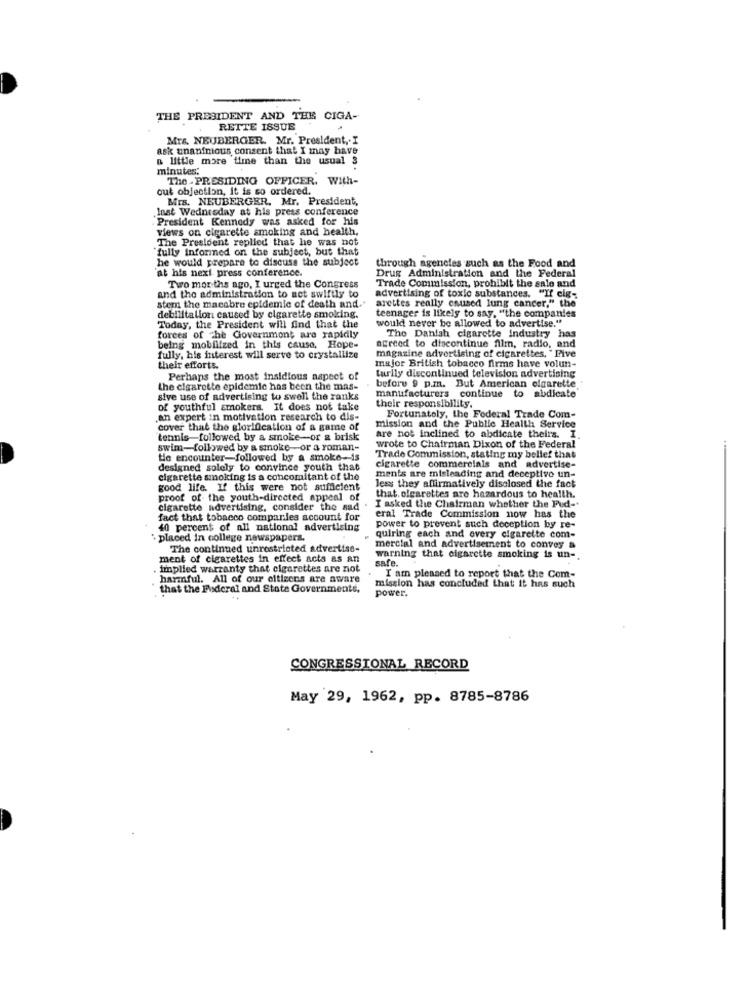
THE PRESIDENT AND THE CIGA-
RETTE ISSUE
Mrs. NEUBERGER. Mr. President, I
ask unanfnious consent that I may have
a little more time than the usual 3
minutes:
The - PRESIDING OFFICER. With-
out objection, it is so ordered.
Mrs. NEUBERGER. Mr. President,
Inst Wednesday at his press conference
President Kennedy was asked for his
views on cigarette smoking and health,
The President replied that he was not
"fully informed on the subject, but that
he would prepare to discuss the subject
through agencies such as the Food and
at his next press conference.
Drug Administration and the Federal
Two mor the ago, I urged the Congress
Trade Commission, prohibit the sale and
and the administration to act swiftly to
arettes really caused lung cancer," the
advertising of toxic substances. "If cig-
stem the macabre epidemic of death and."
debilitalion caused by cigarette smoking.
teenager is likely to say, "the companies
would never be allowed to advertise."
Today, the President will find that the
forces of the Government are rapidly
The Danish cigarette Industry has
being mobilized in this cause, Hope-
agreed to discontinue film, radio, and
fully, his interest will serve to crystallize
magazine advertising of cigarettes, "F
their efforts.
major British tobacco firms have volun-
Perhaps the most insidious napect of
tarlly discontinued television advertising
before 9 p.m. But American cigarette
the cigarette epidemic has been the mas-
sive use of advertising to swell the ranks
manufacturers continue to abdicate
of youthful smokers. It does not take
their responsibility.
Fortunatoly, the Federal Trade Com-
an expert in motivation research to dis-
cover that the glorification of a game of
mission and the Public Health Service
tennis followed by a smoke-or & brisk
are not inclined to abdicate theirs.
swim-followed by a smoke-or a roman-
wrote to Chairman Dixon of the Federal
tie encounter-followed by a smoke-is
Trade Commission, stating my belief that
designed solely to convince youth that
cigarette commercials and advertise-
cigarette smoking is a concomitant of the
ments are misleading and deceptive un-
good life. If this were not sufficient
less they affirmatively disclosed the fact
proof of- the youth-directed appeal of
that. olgarettes are hazardous to health.
cigarette advertising, consider the sad
I asked the Chairman whether the Pud-
fact that tobacco companies account for
eral Trade Commission now has the
40 percent of all national advertising
power to prevent such deception by re-
quiring each and every cigarette com-
' placed in college newspapers.
The continued unrestricted advertise-
mercial and advertisement to convey &
ment of cigarettes in effect acts as an
safe.
warning that cigarette smoking is un-
Implied warranty that cigarettes are not
harmful. All of our citizens are aware
I am pleased to report that the Com-
that the Pideral and State Governments,
mission has concluded that it has such
power.
CONGRESSIONAL RECORD
May 29, 1962, pp. 8785-8786